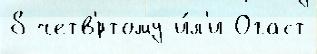
8 четв'́ртому и́л'и Огаст